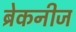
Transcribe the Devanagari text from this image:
ब्रेकनीज